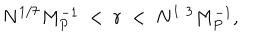
N ^ { 1 / 7 } M _ { P } ^ { - 1 } ~ < ~ r ~ < ~ N ^ { 1 / 3 } M _ { P } ^ { - 1 } ,